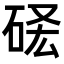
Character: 𥒣